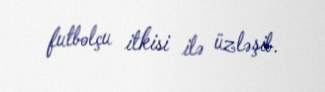
futbolçu itkisi ilə üzləşib.